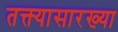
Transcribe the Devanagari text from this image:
तक्त्यासारख्या